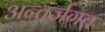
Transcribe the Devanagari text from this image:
अन्तर्जगत